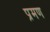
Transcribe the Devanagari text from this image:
प्रमण